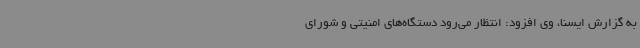
به گزارش ایسنا، وی افزود: انتظار می‌رود دستگاه‌های امنیتی و شورای